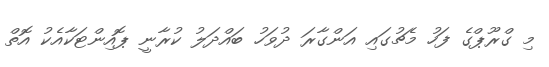
މި ގްރޫޕްގެ ފަހު މެޗުގައި އަންގާރަ ދުވަހު ބައްދަލު ކުރާނީ ޕޮއިންޓަކާއެކު އޮތް